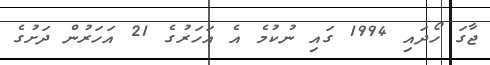
ޖާގަ ހޯދައި 1994 ގައި ނުކުމެ އެ އަހަރުގެ 21 އަހަރުން ދަށުގެ